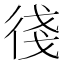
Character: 㣤